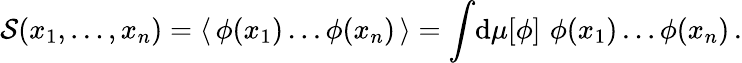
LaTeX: {\cal S}(x_{1},\dots,x_{n})=\langle\, \phi(x_{1})\dots\phi(x_{n})\, \rangle=\int\! \mathrm{d}\mu[\phi]\, \, \phi(x_{1})\dots\phi(x_{n})\, .